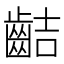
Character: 𪗾